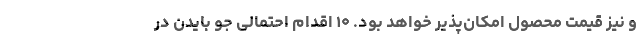
و نيز قیمت محصول امکان‌پذیر خواهد بود. ۱۰ اقدام احتمالی جو بایدن در